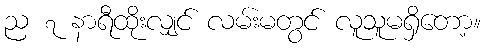
ည ၇ နာရီထိုးလျှင် လမ်းမတွင် လူသူမရှိတော့။